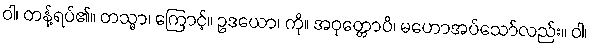
ဝါ၊ တန့်ရပ်၏။ တသ္မာ၊ ကြောင့်။ ဥဒယော၊ ကို။ အဝုတ္တောပိ၊ မဟောအပ်သော်လည်း။ ဝါ၊